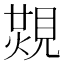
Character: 𧡙